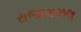
રાજાગઝલ